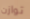
توازن